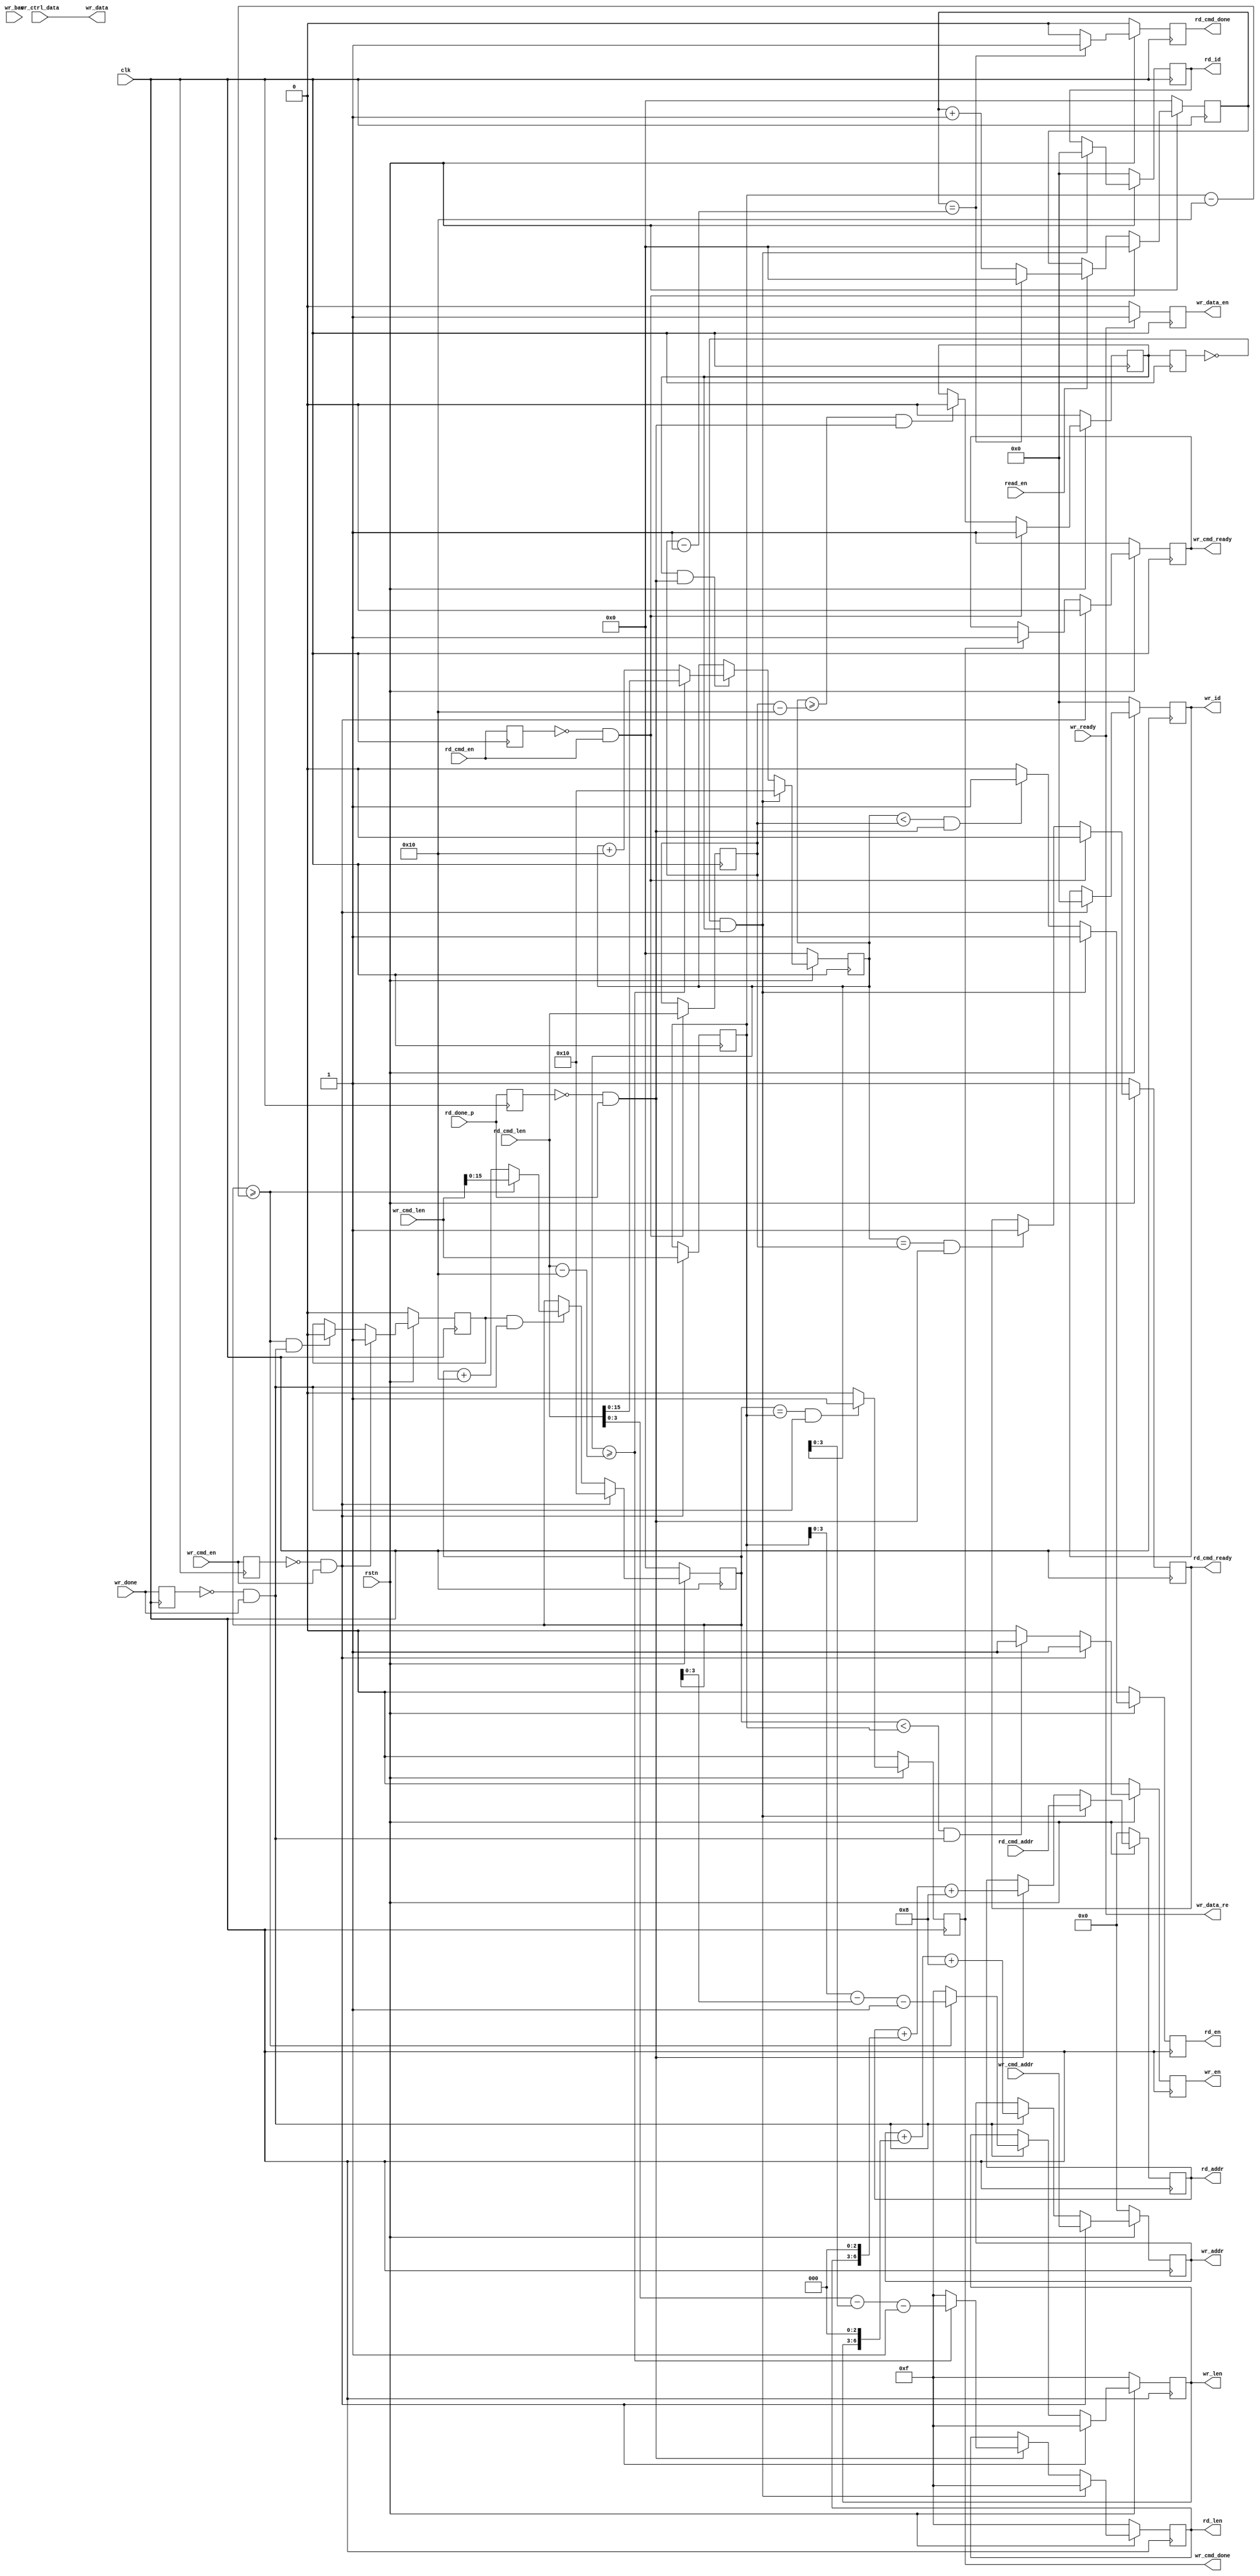
// This program was cloned from: https://github.com/MongooseOrion/Multi-channel-video-splicing
// License: GNU General Public License v3.0

`timescale 1ns / 1ps
//////////////////////////////////////////////////////////////////////////////////
// Company: Meyesemi
// 
// Design Name: 
// Module Name: wr_cmd_trans
// Project Name: 
// Target Devices: 
// Tool Versions: 
// Description: 
// 
// Dependencies: 
// 
// Revision:
// Revision 0.01 - File Created
// Additional Comments:
// 
//////////////////////////////////////////////////////////////////////////////////
`define UD #1
module wr_cmd_trans #(
    parameter                        CTRL_ADDR_WIDTH      = 28,
    parameter                        MEM_DQ_WIDTH         = 16
)  (
    input                            clk,
    input                            rstn,
                                     
    input                            wr_cmd_en,
    input  [CTRL_ADDR_WIDTH-1:0]     wr_cmd_addr,
    input  [31: 0]                   wr_cmd_len,
    output reg                       wr_cmd_ready,
    output reg                       wr_cmd_done,
    input                            wr_bac,  
    input  [MEM_DQ_WIDTH*8-1:0]      wr_ctrl_data,
    output                           wr_data_re,
                                     
    output reg                       wr_en=0,        
    output reg [CTRL_ADDR_WIDTH-1:0] wr_addr=0,      
    output reg [ 3: 0]               wr_id=0,        
    output reg [ 3: 0]               wr_len=0,       
    output reg                       wr_data_en=0,
    output [MEM_DQ_WIDTH*8-1:0]      wr_data,
    input                            wr_ready,
    input                            wr_done,
    
    input                            rd_cmd_en,
    input  [CTRL_ADDR_WIDTH-1:0]     rd_cmd_addr,
    input  [31: 0]                   rd_cmd_len,
    output reg                       rd_cmd_ready=1,
    output reg                       rd_cmd_done=0,
    input                            read_en,
    
    output reg                       rd_en        =0,                 
    output reg [CTRL_ADDR_WIDTH-1:0] rd_addr      =0,           
    output reg [3:0]                 rd_id        =0,           
    output reg [3:0]                 rd_len       =0,           
    input                            rd_done_p     
);

    reg          wr_done_1d;
    reg          wr_cmd_en_1d;
    reg [15:0]   wr_cnt;
    reg          write_enable;
    reg [31:0]   wr_trans_len;
    wire         wr_cmd_trig;
    always @(posedge clk)
    begin
        wr_done_1d <= wr_done;
        wr_cmd_en_1d <= wr_cmd_en;
        
        if(wr_cmd_trig)
            wr_trans_len <= wr_cmd_len;
        else
            wr_trans_len <= wr_trans_len;
    end
    assign  wr_cmd_trig = ~wr_cmd_en_1d & wr_cmd_en;
    
    always @(posedge clk)
    begin
        if(~rstn)
            wr_en <= 1'd0;
        else if(wr_cmd_trig)
            wr_en <= 1'd1;
        else if(wr_cnt < wr_trans_len && (~wr_done_1d && wr_done))
            wr_en <= 1'd1;
        else
            wr_en <= 1'd0;
    end 
    
    always @(posedge clk)
    begin
        if(~rstn)
            write_enable <= 1'd0;
        else if(wr_cmd_trig)
            write_enable <= 1'd1;
        else if(wr_cnt >= wr_trans_len - 16 && (~wr_done_1d && wr_done))
            write_enable <= 1'd0;
        else
            write_enable <= write_enable;
    end 
    
    always @(posedge clk)
    begin
        if(~rstn)
            wr_cnt <= 16'd0;
        else if(wr_cmd_trig)
            wr_cnt <= 16'd16;
        else if(write_enable && (~wr_done_1d && wr_done))
        begin
            if(wr_cnt >= wr_trans_len - 16)
                wr_cnt <= wr_cmd_len;
            else
                wr_cnt <= wr_cnt + 16'd16;
        end
        else
            wr_cnt <= wr_cnt;
    end 

    always @(posedge clk)
    begin
        if(~rstn)
            wr_cmd_done <= 1'd0;
        else
        begin
            if(wr_cnt == wr_trans_len && (~wr_done_1d && wr_done))
                wr_cmd_done <= 1'd1;
            else
                wr_cmd_done <= 1'd0;
        end
    end
      
    always @(posedge clk)
    begin
        if(~rstn)
            wr_cmd_ready <= 1'd1;
        else
        begin
            if(wr_cmd_trig)
                wr_cmd_ready <= 1'd0;
            else if(wr_cmd_done)
                wr_cmd_ready <= 1'd1;
            else
                wr_cmd_ready <= wr_cmd_ready;
        end
    end     
    
    always @(posedge clk)
    begin
        if(~rstn)
        begin
            wr_addr <= {CTRL_ADDR_WIDTH{1'b0}};
            wr_id   <= 'd0;
            wr_len  <= 4'd15;
        end
        else if(wr_cmd_trig)
        begin
            wr_addr <= wr_cmd_addr;
            wr_id   <= 'd0;
            wr_len  <= 4'd15;
        end
        else
        begin
            if(~wr_done_1d && wr_done)
            begin
                if(wr_cnt >= wr_trans_len - 16)  
                    wr_len <= wr_trans_len - wr_cnt - 1'b1;
                else
                    wr_len <= 4'd15;
                    
                wr_addr <= wr_addr + {wr_len,3'd0} + 4'b1000;//12'd1024;
            end 
            else
            begin
//                wr_id   <= wr_id;
                wr_addr <= wr_addr;
            end 
        end 
    end
    
    reg [3:0] burst_cnt ;
    reg       wr_data_re_reg;
    always @(posedge clk)
    begin
        if(~rstn)
            wr_data_re_reg <= 1'b0;
        else if(wr_ready) 
        begin  
            if(burst_cnt == wr_len && wr_data_re_reg)
                wr_data_re_reg <= 1'b0;
            else
                wr_data_re_reg <= 1'b1;
        end 
        else
            wr_data_re_reg <= 1'b0;
    end
    assign wr_data_re = wr_ready;// & wr_data_re_reg;
    
    always @(posedge clk)
    begin
        if(wr_data_re)
            wr_data_en <= 1'b1;
        else 
            wr_data_en <= 1'b0;
    end
    
    always @(posedge clk)
    begin
        if(~rstn)
            burst_cnt <= 1'b0;
        else if(wr_data_re && wr_ready) 
        begin  
            if(burst_cnt == wr_len)
                burst_cnt <= 1'b0;
            else
                burst_cnt <= burst_cnt + 1'b1;
        end
        else if(wr_bac) 
            burst_cnt <= burst_cnt - 1'b1;
        else
            burst_cnt <= burst_cnt;
    end  
    
    assign wr_data = wr_ctrl_data;
    
    //============================================================================
    //  read chanel
    //============================================================================
    reg        read_enable;
    reg [15:0] rd_cnt;
    reg        rd_done_1d;
    reg        rd_cmd_en_1d;
    reg [31:0] rd_trans_len;
    wire       rd_cmd_trig;
    assign rd_cmd_trig = ~rd_cmd_en_1d & rd_cmd_en;
    always @(posedge clk)
    begin
        rd_done_1d <= rd_done_p;
        rd_cmd_en_1d <= rd_cmd_en;
        if(rd_cmd_trig)
            rd_trans_len <= rd_cmd_len;
        else
            rd_trans_len <= rd_trans_len;
            
            
        if(~rstn)
            read_enable <= 1'b0;
        else if(rd_cmd_trig)
            read_enable <= 1'b1;
        else if(rd_cnt >= rd_trans_len - 16 && (~rd_done_1d && rd_done_p))
            read_enable <= 1'b0;
        else
            read_enable <= read_enable;
    end 
    
    reg read_enable_1d;
    
    always @(posedge clk)
    begin
        read_enable_1d <= read_enable;
        
        if(~rstn)
            rd_en <= 1'd0;
        else if(~read_enable_1d && read_enable)
            rd_en <= 1'd1;
        else if(rd_cnt < rd_trans_len && (~rd_done_1d && rd_done_p))
            rd_en <= 1'd1;
        else
            rd_en <= 1'd0;
    end 
    
    reg [15:0] rd_data_cnt;
    always @(posedge clk)
    begin
        if(~rstn)
            rd_data_cnt <= 1'd0; 
        else if(rd_cmd_trig)
            rd_data_cnt <= 1'd0;
        else if(read_en)
        begin
            if(rd_data_cnt == rd_trans_len - 1'b1)
                rd_data_cnt <= 1'd0; 
            else
                rd_data_cnt <= rd_data_cnt + 1'd1; 
        end
        else
            rd_data_cnt <= rd_data_cnt; 
    end
    
    always @(posedge clk)
    begin
        if(~rstn)
            rd_cmd_done <= 1'd0;
        else
        begin
            if(rd_data_cnt == rd_trans_len - 1'b1)
                rd_cmd_done <= 1'd1;
            else
                rd_cmd_done <= 1'd0;
        end
    end
      
    always @(posedge clk)
    begin
        if(~rstn)
            rd_cmd_ready <= 1'd1;
        else
        begin
            if(rd_cmd_trig)
                rd_cmd_ready <= 1'd0;
            else if(rd_cnt == rd_trans_len && (~rd_done_1d && rd_done_p))
                rd_cmd_ready <= 1'd1;
            else
                rd_cmd_ready <= rd_cmd_ready;
        end
    end
    
    always @(posedge clk)
    begin
        if(~rstn)
            rd_cnt <= 16'd0;
        else if(~read_enable_1d && read_enable)
            rd_cnt <= 16'd16;
        else if(read_enable && (~rd_done_1d && rd_done_p))
        begin
            if(rd_cnt >= rd_cmd_len - 16)  
                rd_cnt <= rd_cmd_len;
            else
                rd_cnt <= rd_cnt + 16'd16;
        end
        else
            rd_cnt <= rd_cnt;
    end 
    
    always @(posedge clk)
    begin
        if(~rstn)
        begin
            rd_addr <= {CTRL_ADDR_WIDTH{1'b0}};
            rd_id   <= 'd0;
            rd_len  <= 4'd15;
        end
        else if(~read_enable_1d && read_enable)
        begin
            rd_addr <= rd_cmd_addr;
            rd_id   <= 'd0;
            rd_len  <= 4'd15;
        end
        else
        begin
            if(~rd_done_1d && rd_done_p)
            begin
                if(rd_cnt >= rd_cmd_len - 16)  
                    rd_len <= rd_cmd_len - rd_cnt - 1'b1;
                else
                    rd_len <= 4'd15;

                rd_addr <= rd_addr + {rd_len,3'd0} + 4'b1000;//12'd1024;
            end 
            else
            begin
                rd_addr <= rd_addr;
            end 
        end 
    end
    
endmodule